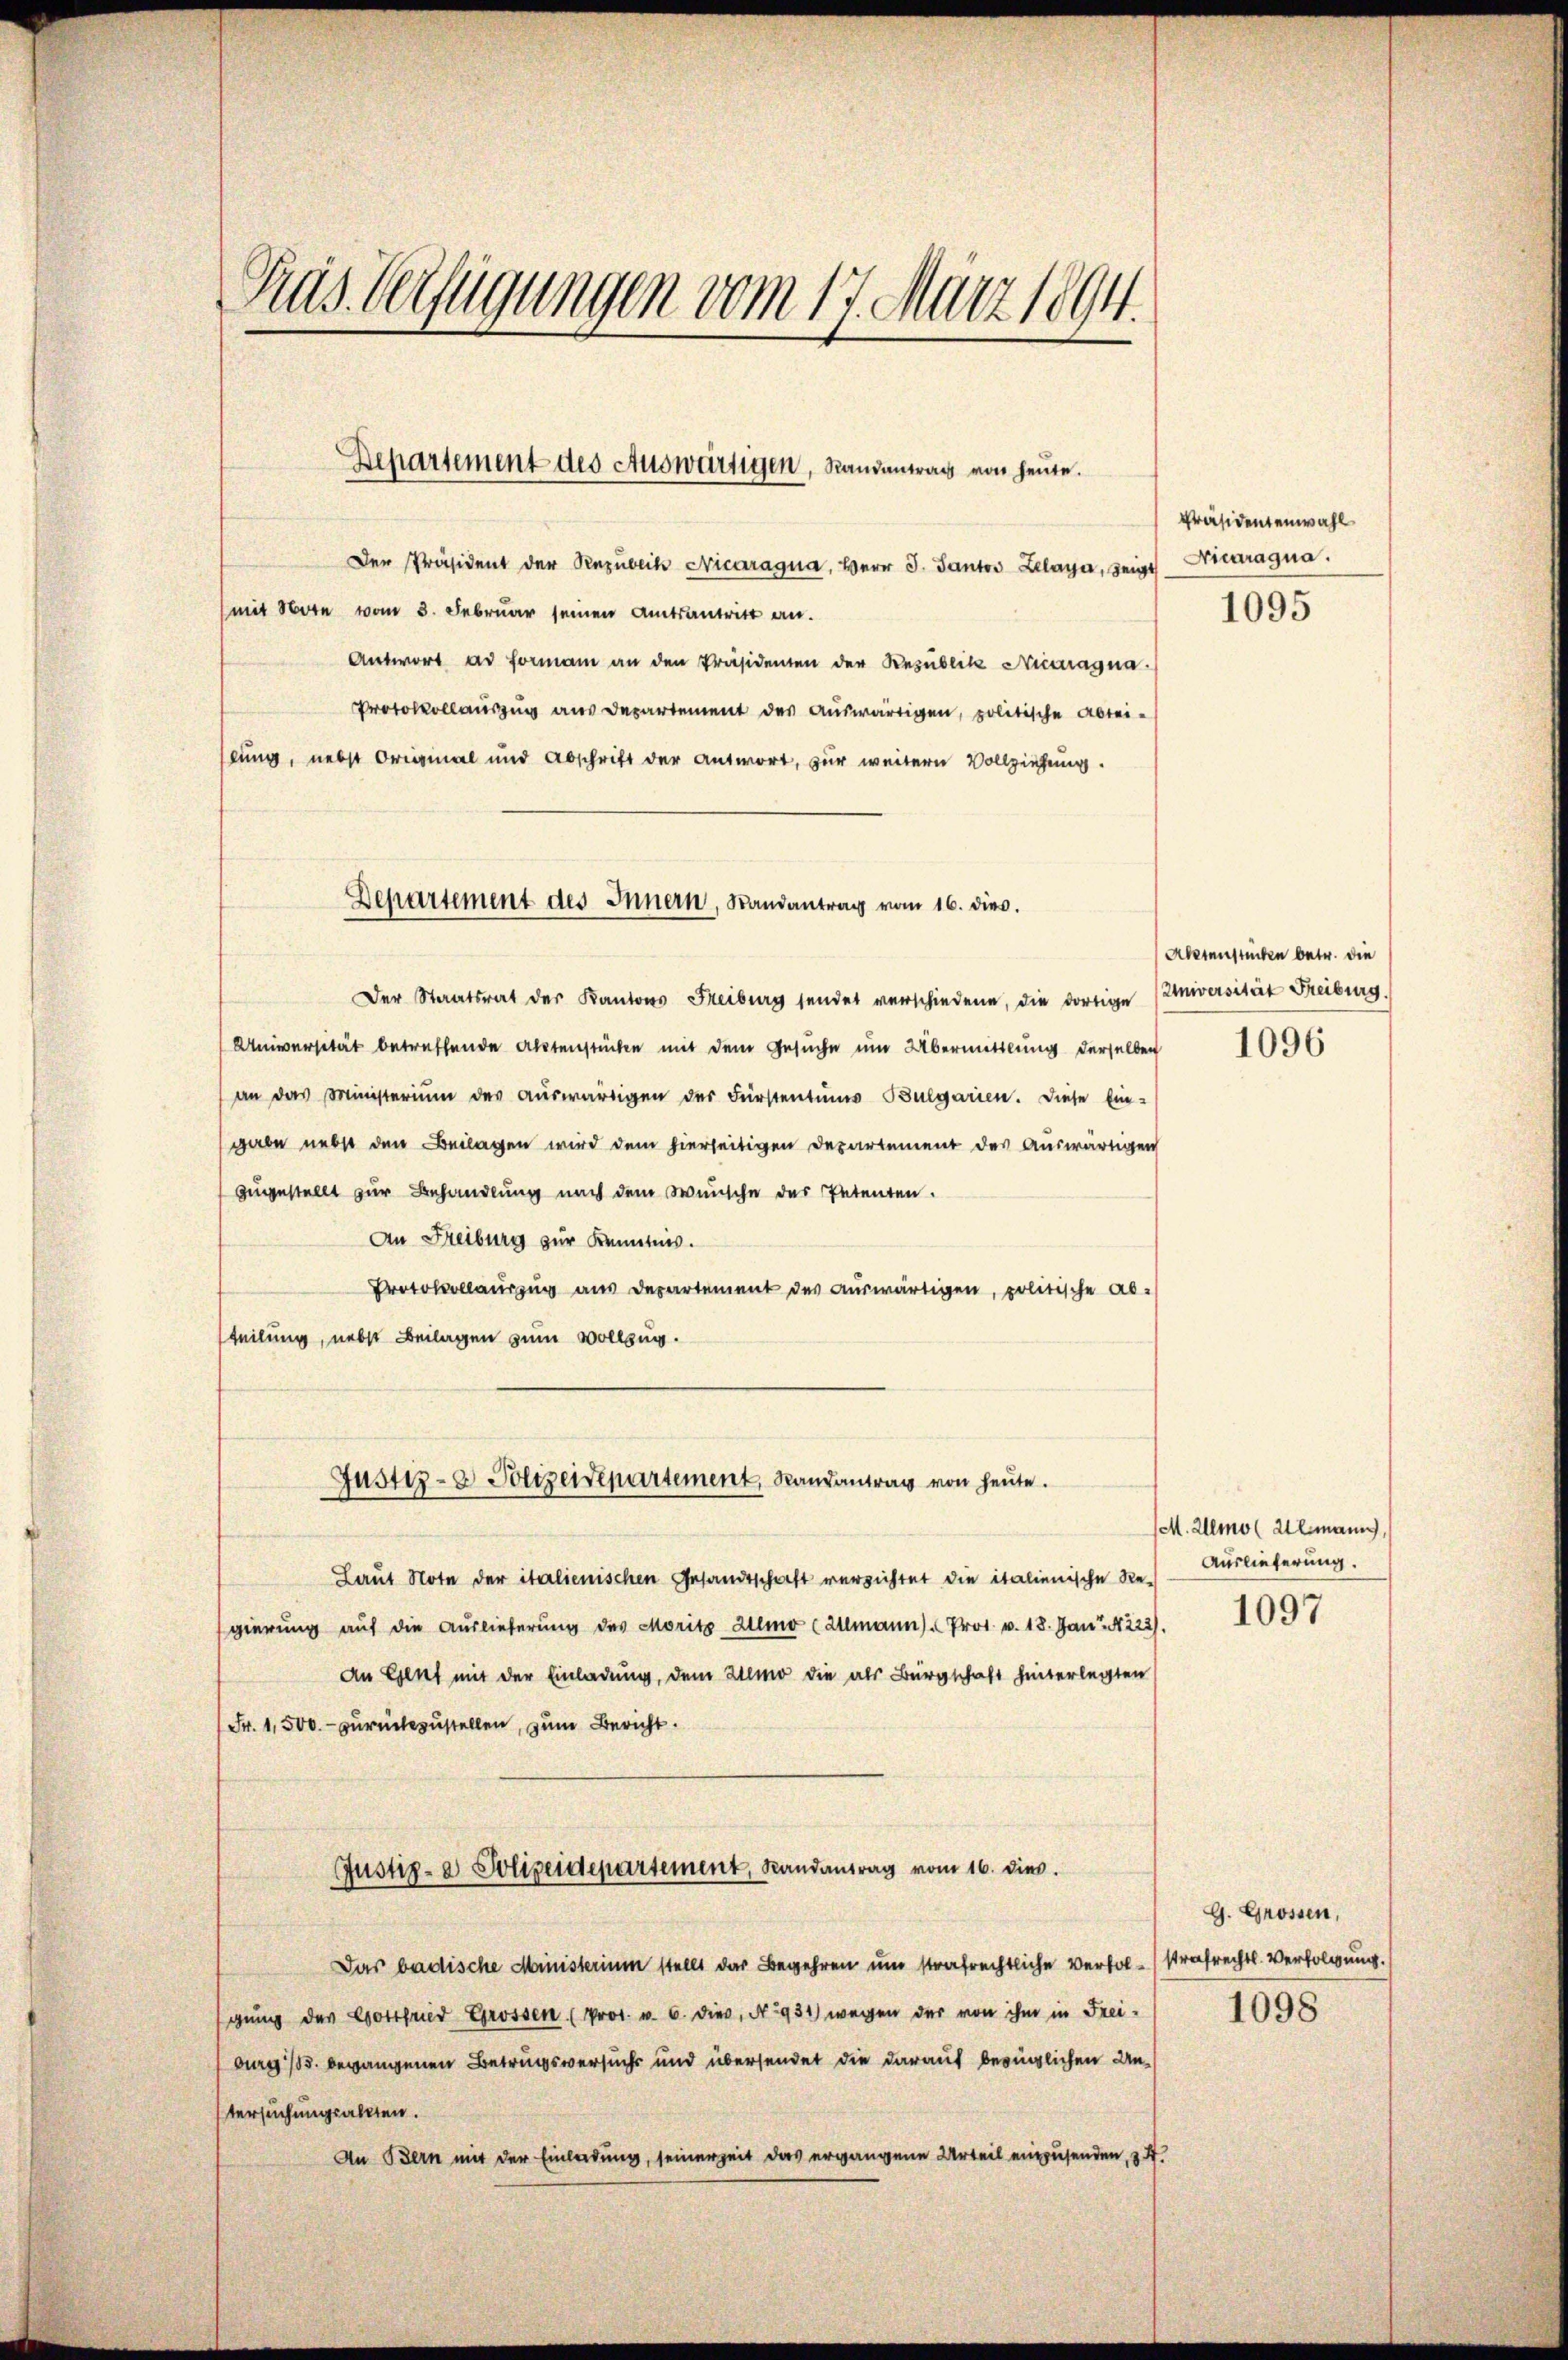
Tras Verfügungen vom 17. März 1894.

Departement des Auswärtigen, Randantrag von heute.

Der Präsident der Rezŭblik Nicaragua, Herr J. Santon Lelaya, seine Vicaragua.
mit Note vom 3. Februar seinen Amtsantritt an.
Antwort ad Formann an den Präsidenten der Republik Niedragna
Protokollauszug aus Departement des auswärtigen, politische Abtei-
slung, nebst Original und Abschrift der Antwort, für weitern Vollziehung.

Departement des Innern, Randantrag vom 16. dies.

Der Staatsrat der Kantons Freiburg sendet verschiedene, die dortige Universität Freiburg.
Universität betreffende Aktenstücken mit dem Gesuche um Übermittlung derselben
an das Ministerium des aŭswärtigen der Fürstentums Bulgarien. Diese Ein-
garen nebst den Beilagen wird dem hierseitigen Departement des Auswärtigen
zugestellt zur Behandlung nach dem Wunsche des Petenten.
An Freiburg zur Kenntnis.
Protokollauszug aus Departement des auswärtigen, politische Ab-
teilung, nebst Beilagen zum Vollzug.
Laut Note der italienischen Gesandtschaft versichtet die italienische Regierung auf die Auslieferung des Moritz Ullmo (Almann) Prot. v. 18. Jan. 223).
An Genf mit der Einladung, dem Almo die als Bürgschaft hinterlegten
Fr. 1,500.- zurückzustellen, zum Bericht.
Justiz- & Polizeidepartement, Randantrag vom 16. dies.
Das badische Ministerium stellt das Begehren um strafrechtliche Verbol-strafrechtl. Verfolgung.
gung der Gottfried Grossen (Prot. v. 6. dies, No 931) wegen der von ihm in Frei-
burg i/B. begangenen Betrugsversuchs und übersendet die darauf beringlichen Untersuchungsakten.
An Bern mit der Einladung, seinerzeit das ergangene Urteil einzusenden, 34.

Justiz- & Polizeidepartement, Randantrag von heŭte.

Präsidentenwahl
1095

Aktenstücken betr. die

1096

/M. Allmol Almann
Auslieferung.

1097

G. Grossen,

1098